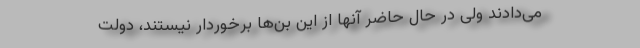
می‌دادند ولی در حال حاضر آنها از این بن‌ها برخوردار نیستند، دولت